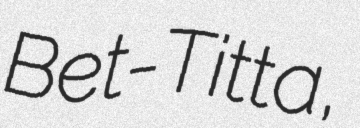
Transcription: Bet-Titta,